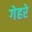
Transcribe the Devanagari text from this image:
गेहरे